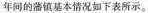
年间叫 藩镇基本情况如下表所示。